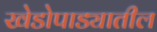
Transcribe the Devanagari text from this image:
खेडोपाड्यातील